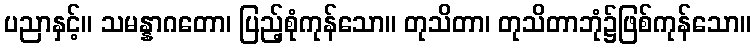
ပညာနှင့်။ သမန္နာဂတော၊ ပြည့်စုံကုန်သော။ တုသိတာ၊ တုသိတာဘုံ၌ဖြစ်ကုန်သော။